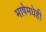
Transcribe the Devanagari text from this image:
भाषेमधेही